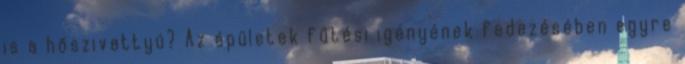
is a hőszivattyú? Az épületek fűtési igényének fedezésében egyre